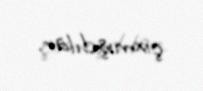
çıxmışdılar.